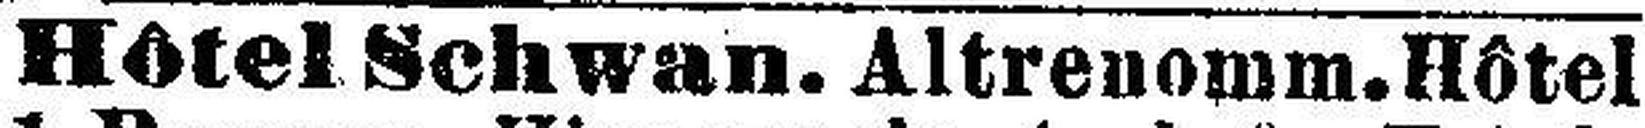
Hôtel Schwan. Altrenomm. Hôtel